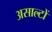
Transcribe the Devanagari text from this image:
असाल्टों